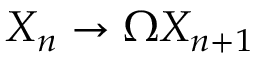
X _ { n } \to \Omega X _ { n + 1 }